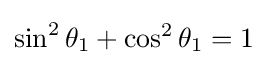
\sin ^{2}\theta _{1}+\cos ^{2}\theta _{1}=1